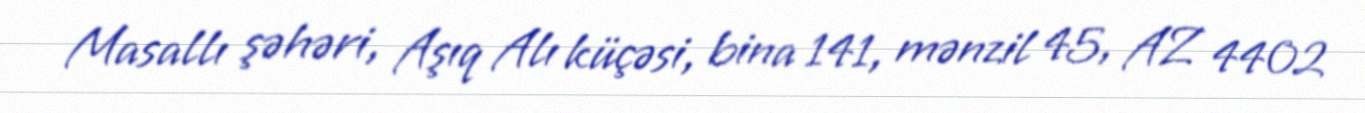
Masallı şəhəri, Aşıq Alı küçəsi, bina 141, mənzil 45, AZ 4402